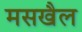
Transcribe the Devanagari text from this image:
मसखैल